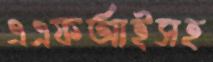
এএফআইসহ